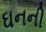
ઘનની